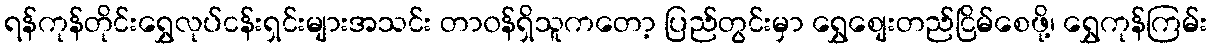
ရန်ကုန်တိုင်းရွှေလုပ်ငန်းရှင်းများအသင်း တာ၀န်ရှိသူကတော့ ပြည်တွင်းမှာ ရွှေစျေးတည်ငြိမ်စေဖို့၊ ရွှေကုန်ကြမ်း